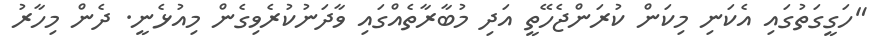
"ހަގީގަތުގައި އެކަނި މިކަން ކުރަންޖެހޭތީ އަދި މުބާރާތެއްގައި ވާދަނުކުރެވިގެން މިއުޅެނީ. ދެން މިހާރު